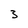
Character: 3